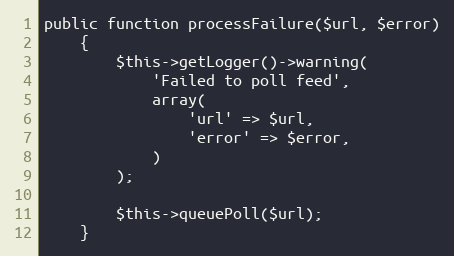
Language: PHP
public function processFailure($url, $error)
    {
        $this->getLogger()->warning(
            'Failed to poll feed',
            array(
                'url' => $url,
                'error' => $error,
            )
        );

        $this->queuePoll($url);
    }